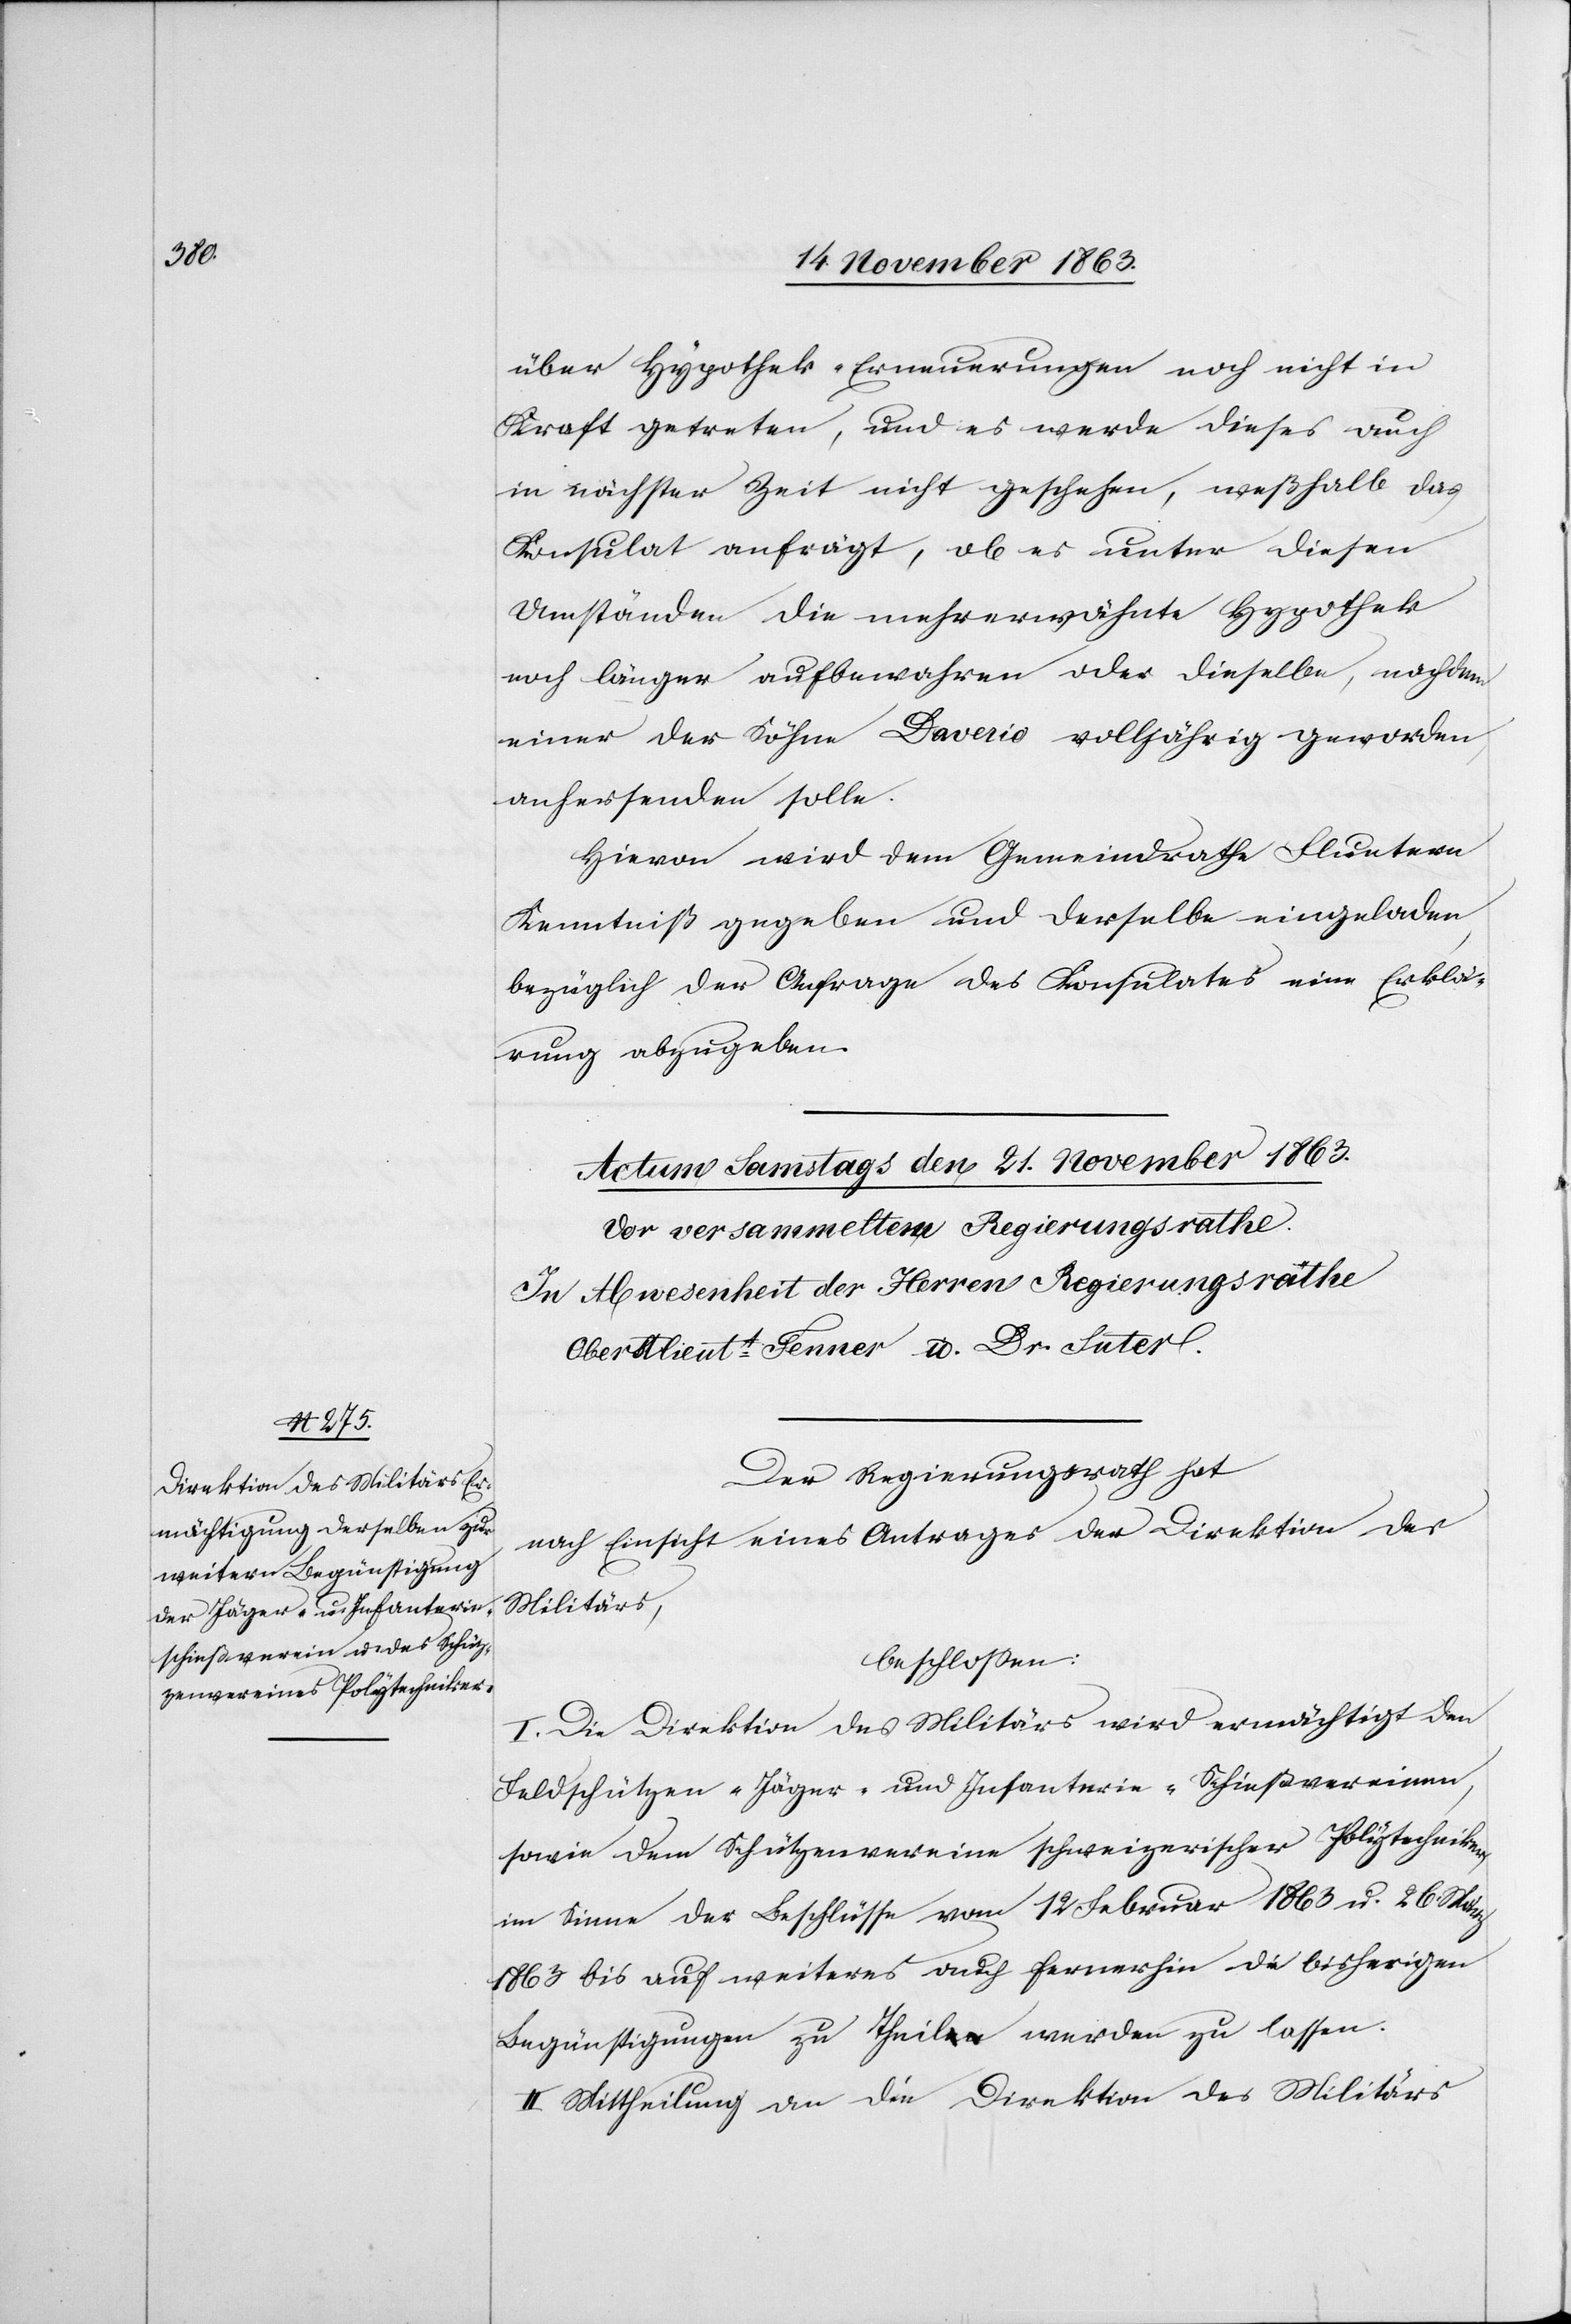
über Hypothek-Erneuerungen noch nicht in
Kraft getreten, und es werde dieses auch
in nächster Zeit nicht geschehen, weßhalb das
Konsulat anfrägt, ob es unter diesen
Umständen die mehrerwähnte Hypothek
noch länger aufbewahren oder dieselbe, nachdem
einer der Söhne Daverio volljährig geworden,
anhersenden solle.
Hievon wird dem Gemeindrathe Fluntern
Kenntniß gegeben und derselbe eingeladen,
bezüglich der Anfrage des Konsulates eine Erklä¬
rung abzugeben.
Der Regierungsrath hat
nach Einsicht eines Antrages der Direktion des
Militärs,
beschlossen:
I. Die Direktion des Militärs wird ermächtigt den
Feldschützen-[,] Jäger- und Infanterie-Schießvereinen,
sowie dem Schützenvereine schweizerischer Polytechniker,
im Sinne der Beschlüsse vom 12 Februar 1863 u. 26. März
1863 bis auf weiteres auch fernerhin die bisherigen
Begünstigungen zu Theil werden zu lassen.
II. Mittheilung an die Direktion des Militärs